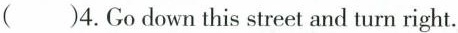
( )4.Go down this street and turn right。